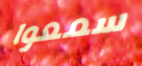
سمعوا